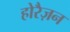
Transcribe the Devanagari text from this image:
होरैज़न